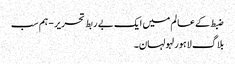
ضبط کے عالم میں ایک بے ربط تحریر - ہم سب
بلاگ لاہور لہولہان۔